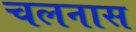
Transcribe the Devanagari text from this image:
चलनास